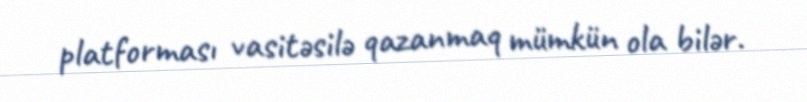
platforması vasitəsilə qazanmaq mümkün ola bilər.